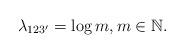
LaTeX: \begin{align*} \lambda_{123'}=\log m,m\in\mathbb{N}.\end{align*}